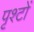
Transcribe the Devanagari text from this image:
पृश्टों